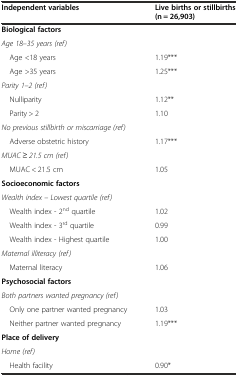
| Independent variables | Live births or stillbirths (n = 26,903) |
 | --- | --- |
 | Biological factors |  |
 | Age 18–35 years (ref) |  |
 | Age <18 years | 1.19*** |
 | Age >35 years | 1.25*** |
 | Parity 1–2 (ref) |  |
 | Nulliparity | 1.12** |
 | Parity > 2 | 1.10 |
 | No previous stillbirth or miscarriage (ref) |  |
 | Adverse obstetric history | 1.17*** |
 | MUAC ≥ 21.5 cm (ref) |  |
 | MUAC < 21.5 cm | 1.05 |
 | Socioeconomic factors |  |
 | Wealth index – Lowest quartile (ref) |  |
 | Wealth index - 2nd quartile | 1.02 |
 | Wealth index - 3rd quartile | 0.99 |
 | Wealth index - Highest quartile | 1.00 |
 | Maternal illiteracy (ref) |  |
 | Maternal literacy | 1.06 |
 | Psychosocial factors |  |
 | Both partners wanted pregnancy (ref) |  |
 | Only one partner wanted pregnancy | 1.03 |
 | Neither partner wanted pregnancy | 1.19*** |
 | Place of delivery |  |
 | Home (ref) |  |
 | Health facility | 0.90* |